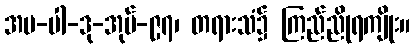
အပ-ပါ-ဒု-အုပ်-၉၇၊ တရားသံ၌ ကြည်ညိုရကျိုး။